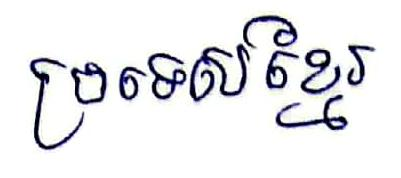
ប្រទេសខ្មែរ